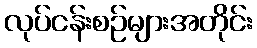
လုပ်ငန်းစဉ်များအတိုင်း